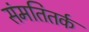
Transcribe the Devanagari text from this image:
संमतितर्क